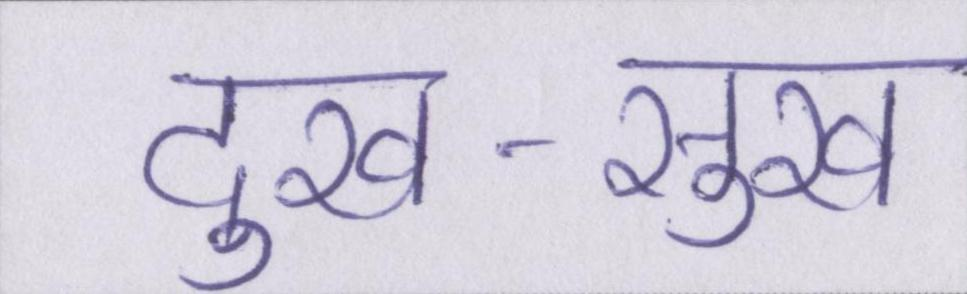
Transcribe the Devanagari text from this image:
दुख-सुख